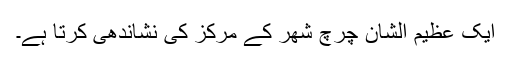
ایک عظیم الشان چرچ شھر کے مرکز کی نشاندھی کرتا ہے۔